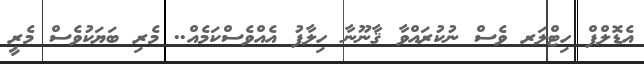
އެޑޮލްފް ހިޓްލަރ ވެސް ނުކުރައްވާ ޤާނޫނާ ހިލާފު އެއްވެސްކަމެއް.. މެރި ބަޔަކުވެސް މެރީ